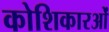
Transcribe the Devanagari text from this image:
कोशिकारओं